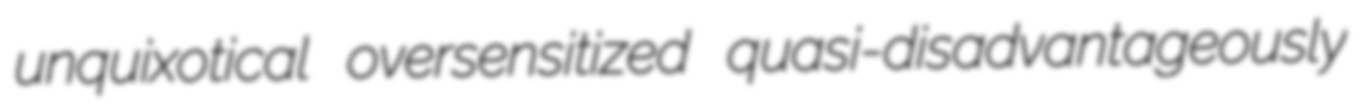
unquixotical oversensitized quasi-disadvantageously